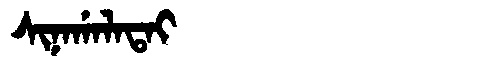
Manchu: ᠰᡳᠨᠠᡤᠠᠯᠠᡨᠠᡳ
Romanization: SINAGALATAI